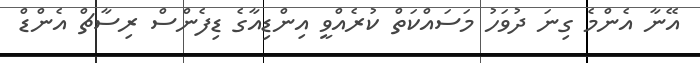
އޭނާ އެންމެ ގިނަ ދުވަހު މަސައްކަތް ކުރެއްވީ އިންޑިއާގެ ޑިފެންސް ރިސާޗް އެންޑް